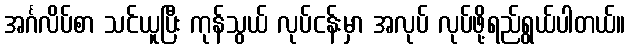
အင်္ဂလိပ်စာ သင်ယူပြီး ကုန်သွယ် လုပ်ငန်းမှာ အလုပ် လုပ်ဖို့ရည်ရွယ်ပါတယ်။